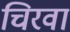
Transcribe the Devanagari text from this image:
चिरवा